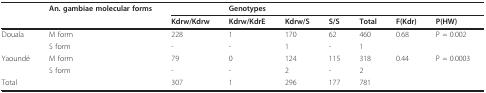
|  | An. gambiae molecular forms |  | Genotypes |  |  |  |  |  |
 |  |  | Kdrw/Kdrw | Kdrw/KdrE | Kdrw/S | S/S | Total | F(Kdr) | P(HW) |
 | --- | --- | --- | --- | --- | --- | --- | --- | --- |
 | Douala | M form | 228 | 1 | 170 | 62 | 460 | 0.68 | P = 0.002 |
 |  | S form | - | - | 1 | - | 1 |  |  |
 | Yaoundé | M form | 79 | 0 | 124 | 115 | 318 | 0.44 | P = 0.0003 |
 |  | S form | - | - | 2 | - | 2 |  |  |
 | Total |  | 307 | 1 | 296 | 177 | 781 |  |  |